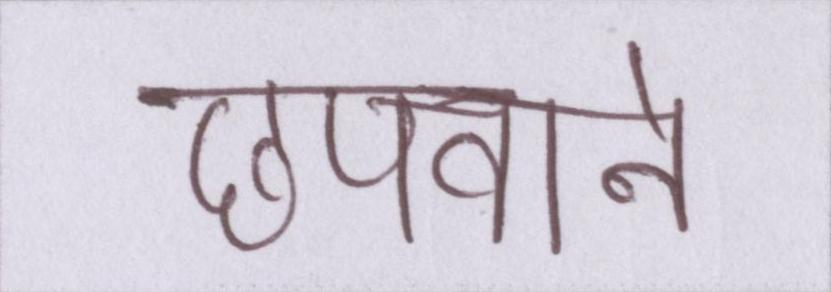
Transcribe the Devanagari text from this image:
छपवाने